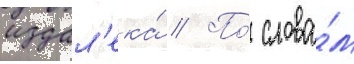
издал'ека́ // По́ слова́м